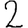
Digit: 2